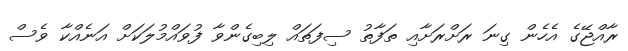
ރާއްޖޭގެ އެހެން ގިނަ ރަށްރަށާއި ތަފާތު ސިފަތައް ލިބިގެންވާ ފުވައްމުލަކަށް އަނެއްކާ ވެސް